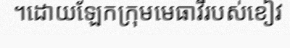
។ដោយឡែកក្រុមមេធាវីរបស់ខៀវ